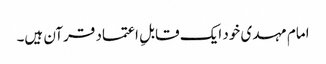
امام مہدی خود ایک قابلِ اعتماد قرآن ہیں۔